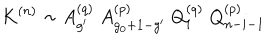
K ^ { ( n ) } \sim A _ { g ^ { \prime } } ^ { ( q ) } \; A _ { g _ { 0 } + 1 - g ^ { \prime } } ^ { ( p ) } \; Q _ { i } ^ { ( q ) } \; Q _ { n - i - 1 } ^ { ( p ) }